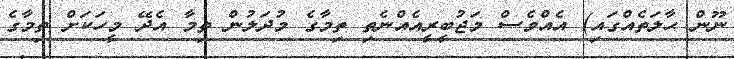
ނޫން ޙާލަތެއްގައި) އެއްވެސް މަޖުބީރީއެއްނެތި ތިމާގެ މުދަލުން ތިމާ އެދޭ މީހަކަށް ތިމާގެ